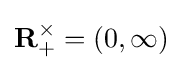
\mathbf {R} _{+}^{\times }=(0,\infty )